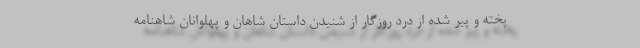
پخته و پیر شده از درد روزگار از شنیدن داستان شاهان و پهلوانان شاهنامه